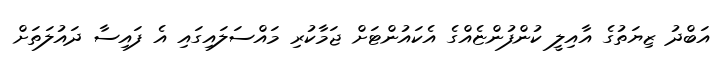
އަބްދު ޒިޔަތުގެ އާއިލީ ކުންފުންޏެއްގެ އެކައުންޓަށް ޖަމާކުރި މައްސަލައިގައި އެ ފައިސާ ދައުލަތަށް